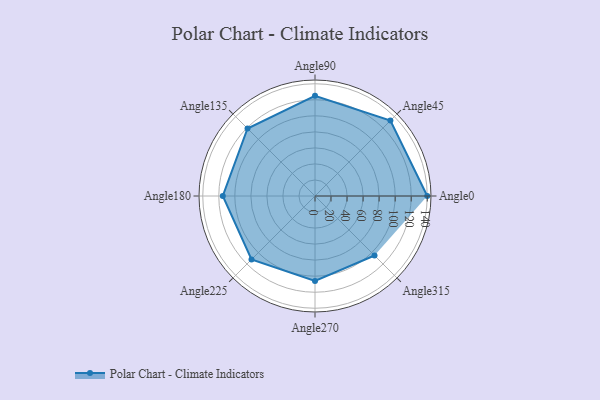
{"axis": {"x": "Angle", "y": "Radius"}, "legend": [""], "data": [{"x": "Angle0", "y": 140.0, "type": ""}, {"x": "Angle45", "y": 133.0, "type": ""}, {"x": "Angle90", "y": 125.0, "type": ""}, {"x": "Angle135", "y": 119.0, "type": ""}, {"x": "Angle180", "y": 115.0, "type": ""}, {"x": "Angle225", "y": 112.0, "type": ""}, {"x": "Angle270", "y": 106.0, "type": ""}, {"x": "Angle315", "y": 105.0, "type": ""}]}